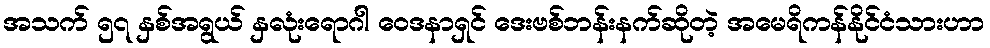
အသက် ၅၇ နှစ်အရွယ် နှလုံးရောဂါ ဝေဒနာရှင် ဒေးဗစ်ဘန်းနက်ဆိုတဲ့ အမေရိကန်နိုင်ငံသားဟာ